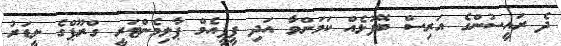
ދެ ރައީސުންގެ އަރިސް ބޭފުޅެއް ކަމަށްވާ އަދި ޕީޕީއެމް ޕާލިމެންޓަރީ ގްރޫޕްގެ ލީޑަރު